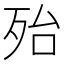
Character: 殆